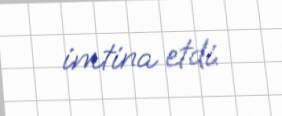
imtina etdi.